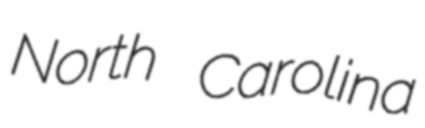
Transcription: North Carolina